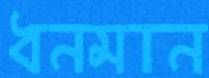
ধনমান